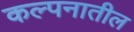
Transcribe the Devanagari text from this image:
कल्पनातील